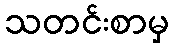
သတင်းစာမှ